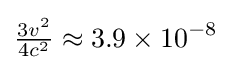
{\tfrac {3v^{2}}{4c^{2}}}\approx 3.9\times 10^{-8}